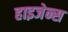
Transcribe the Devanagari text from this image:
हाइजेन्स